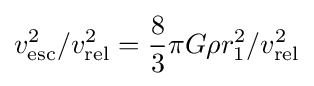
v_{\text{esc}}^{2}/v_{\text{rel}}^{2}={\frac {8}{3}}\pi G\rho r_{1}^{2}/v_{\text{rel}}^{2}